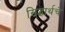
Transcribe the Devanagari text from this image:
सिद्धार्थचे